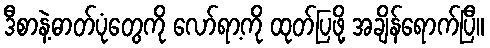
ဒီစာနဲ့ဓာတ်ပုံတွေကို လော်ရာ့ကို ထုတ်ပြဖို့ အချိန်ရောက်ပြီ။